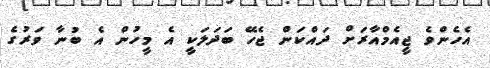
އެހެންވެ ޖީއެމްއާރަށް ދައްކަން ޖެހޭ ބަދަލަކީ އެ މީހުން އެ ބުނާ ވަރުގެ